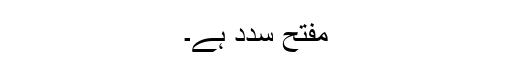
مفتح سدد ہے۔